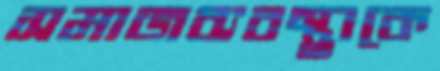
সমাজব্যবস্থাকে